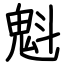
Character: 魁